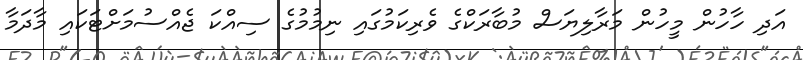
އަދި ހާހުން މީހުން މަރާލިޔަސް މުބާރަކްގެ ވެރިކަމުގައި ނިމުމުގެ ސިއްކަ ޖެއްސުމަށްޓަކައި މާދަމާ